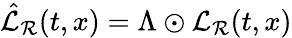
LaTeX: \hat{\mathcal{L}}_{\mathcal{R}}(t,x)=\Lambda\odot\mathcal{L}_{\mathcal{R}}(t,x)